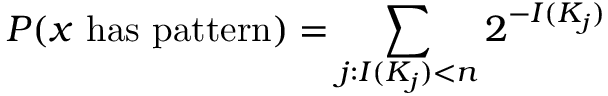
P ( x { \mathrm { ~ h a s ~ p a t t e r n } } ) = \sum _ { j : I ( K _ { j } ) < n } 2 ^ { - I ( K _ { j } ) }